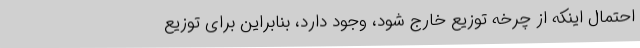
احتمال اینکه از چرخه توزیع خارج شود، وجود دارد، بنابراین برای توزیع